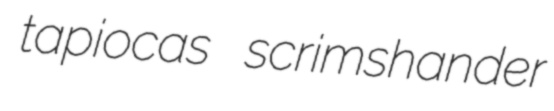
tapiocas scrimshander